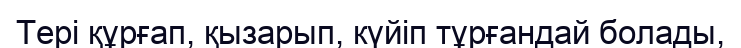
Тері құрғап, қызарып, күйіп тұрғандай болады,